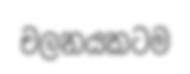
චලනයකටම